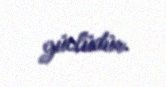
güclüdür.